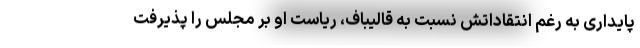
پایداری به رغم انتقاداتش نسبت به قالیباف، ریاست او بر مجلس را پذیرفت